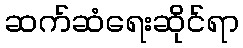
ဆက်ဆံရေးဆိုင်ရာ